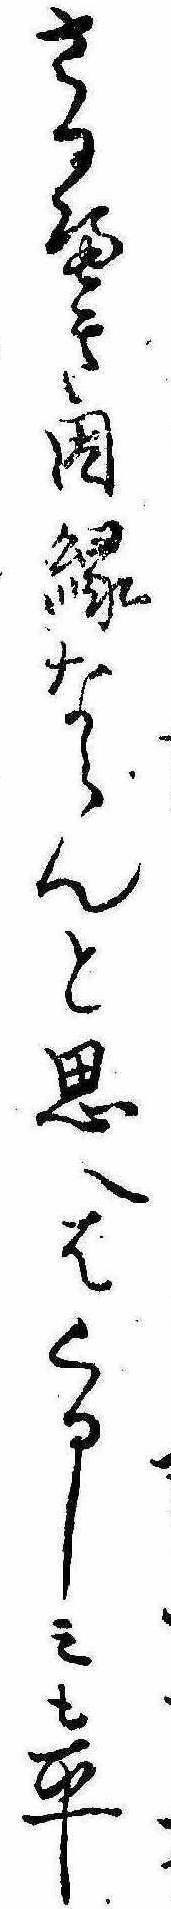
さるへき因縁ならんと思へはくるしみも平